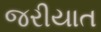
જરીયાત